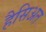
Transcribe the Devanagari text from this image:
हैसिअत